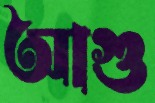
আগু